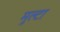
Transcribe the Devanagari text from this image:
मुल्टा